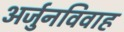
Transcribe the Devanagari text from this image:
अर्जुनविवाह